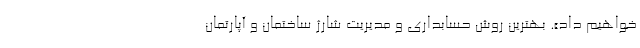
خواهیم داد». بهترین روش حسابداری و مدیریت شارژ ساختمان و آپارتمان